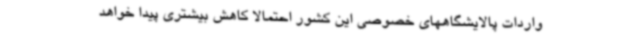
واردات پالایشگاههای خصوصی این کشور احتمالا کاهش بیشتری پیدا خواهد